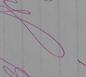
Signature authenticity: genuine